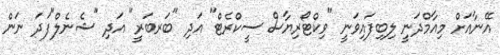
އޭނާއަށް މިއާމްދަނީ ލިބިފައިވަނީ "ވިކްޓޯރިޔާސް ސީކްރެޓް" އަދި "ބަރބަރީ" އަދި "ޝެނެލް"ފަދަ ނަން